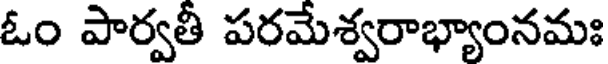
ఓం పార్వతీ పరమేశ్వరాభ్యాంనమః